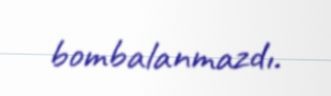
bombalanmazdı.